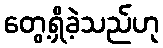
တွေ့ရှိခဲ့သည်ဟု